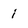
Character: i